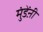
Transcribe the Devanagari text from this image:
मुंडेंऩी